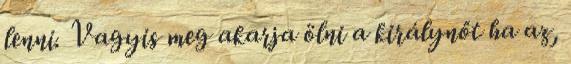
lenni. Vagyis meg akarja ölni a királynőt ha az,